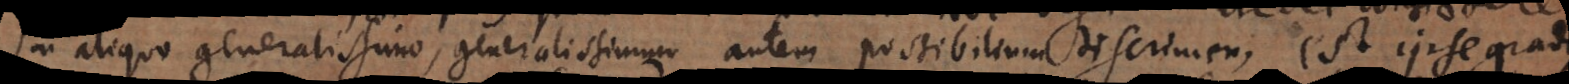
in aliquo generalissimo; generalissimum autem possibilium discrimen, est ipse gradus